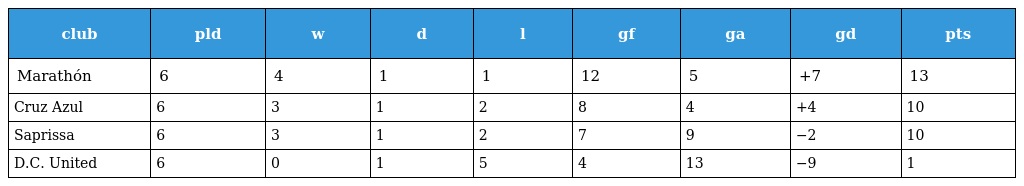
| club | pld | w | d | l | gf | ga | gd | pts |
 | --- | --- | --- | --- | --- | --- | --- | --- | --- |
 | Marathón | 6 | 4 | 1 | 1 | 12 | 5 | +7 | 13 |
 | Cruz Azul | 6 | 3 | 1 | 2 | 8 | 4 | +4 | 10 |
 | Saprissa | 6 | 3 | 1 | 2 | 7 | 9 | −2 | 10 |
 | D.C. United | 6 | 0 | 1 | 5 | 4 | 13 | −9 | 1 |